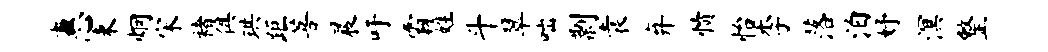
惠束炯宋褚俱珙距菩晨吁霸姓斗翠咄剽袁弃愤怡李落泊妤溟整